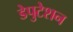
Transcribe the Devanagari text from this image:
डेपुटेशन